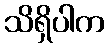
သိရှိပါက